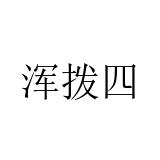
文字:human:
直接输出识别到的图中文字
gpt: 浑拨四